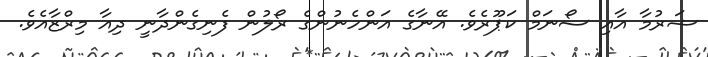
ޝަރުމާ އާއި ސޯނަމް ކަޕޫރެވެ. އޭނާގެ އަންހެނުންގެ ރޯލުން ފެނިގެންދާނީ ދިއާ މިރްޒާއެވެ.